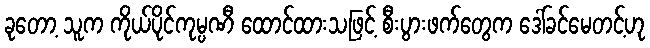
ခုတော့ သူက ကိုယ်ပိုင်ကုမ္ပဏီ ထောင်ထားသဖြင့် စီးပွားဖက်တွေက ဒေါ်ခင်မေတင့်ဟု